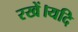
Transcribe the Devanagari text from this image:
रखें।यदि